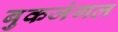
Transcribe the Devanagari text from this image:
बुकजंगल